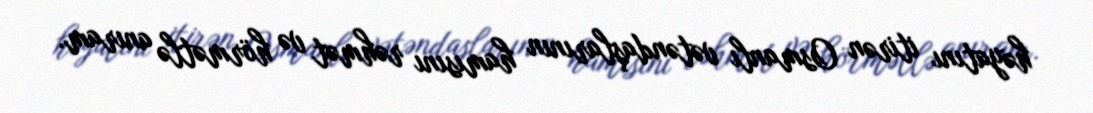
həyatını itirən Osmanlı vətəndaşlarının hamısını rəhmət və hörmətlə anıram.